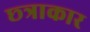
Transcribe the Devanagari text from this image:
छ्त्राकार